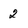
Character: 2